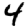
Digit: 4